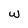
Character: W